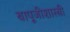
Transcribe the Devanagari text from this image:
बापूजीशास्त्री